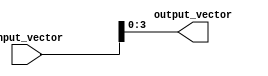
module part_select_continuous_assignment (
    input wire [7:0] input_vector,  // 8-bit input vector
    output wire [3:0] output_vector  // 4-bit output vector
);

// Continuous assignment of a part select from input_vector to output_vector
assign output_vector = input_vector[3:0]; // Selecting the lower 4 bits (0 to 3)

endmodule